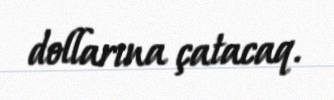
dollarına çatacaq.